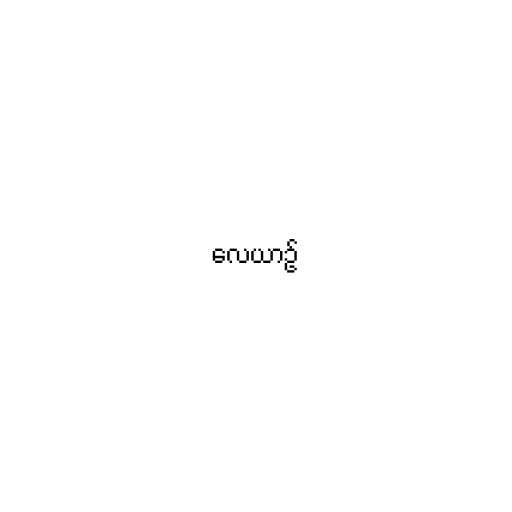
လေယာဉ်